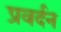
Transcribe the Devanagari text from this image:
प्रवर्दन